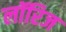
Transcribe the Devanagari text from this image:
लॉरिज